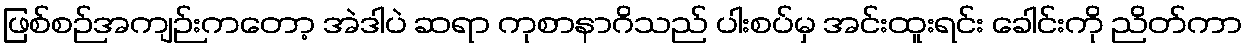
ဖြစ်စဉ်အကျဉ်းကတော့ အဲဒါပဲ ဆရာ ကုစာနာဂိသည် ပါးစပ်မှ အင်းထူးရင်း ခေါင်းကို ညိတ်ကာ